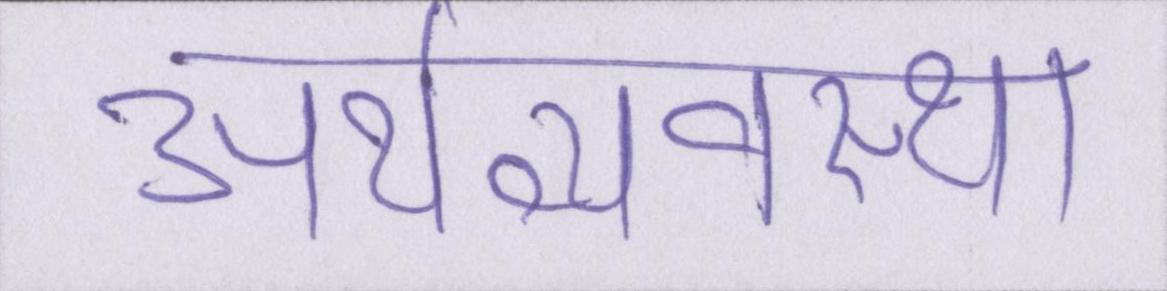
अर्थव्यवस्था